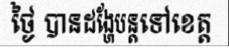
ថ្ងៃ បានដង្ហែបន្តទៅខេត្ត